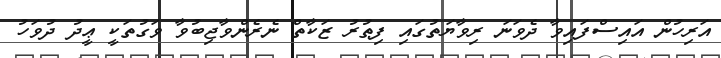
އަރިހުން އައިސްފައިވާ ދެވަނަ ރިވާޔަތުގައި ފިޠުރު ޒަކާތް ނެރެންވާޖިބުވާ ވަގުތަކީ ޢީދު ދުވަހު